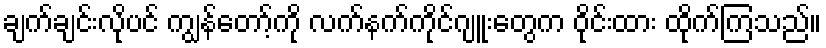
ချက်ချင်းလိုပင် ကျွန်တော့်ကို လက်နက်ကိုင်ဂျူးတွေက ဝိုင်းထား ထိုက်ကြသည်။